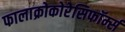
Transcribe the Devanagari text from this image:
फालाक्रोकोरेसिफॉर्म्स